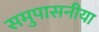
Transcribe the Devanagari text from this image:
समुपासनीया